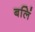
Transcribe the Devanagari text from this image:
बलिं